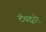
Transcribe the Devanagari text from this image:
टॅबद्वारे